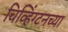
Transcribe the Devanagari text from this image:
चिव्हिंग्टनच्या